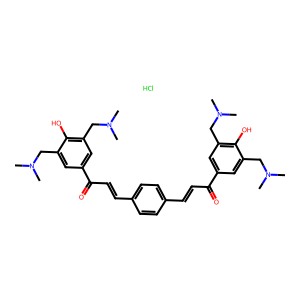
SMILES: CN(C)Cc1cc(C(=O)C=Cc2ccc(C=CC(=O)c3cc(CN(C)C)c(O)c(CN(C)C)c3)cc2)cc(CN(C)C)c1O.Cl
Inhibits HIV replication: No